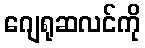
ဂျေရုဆလင်ကို